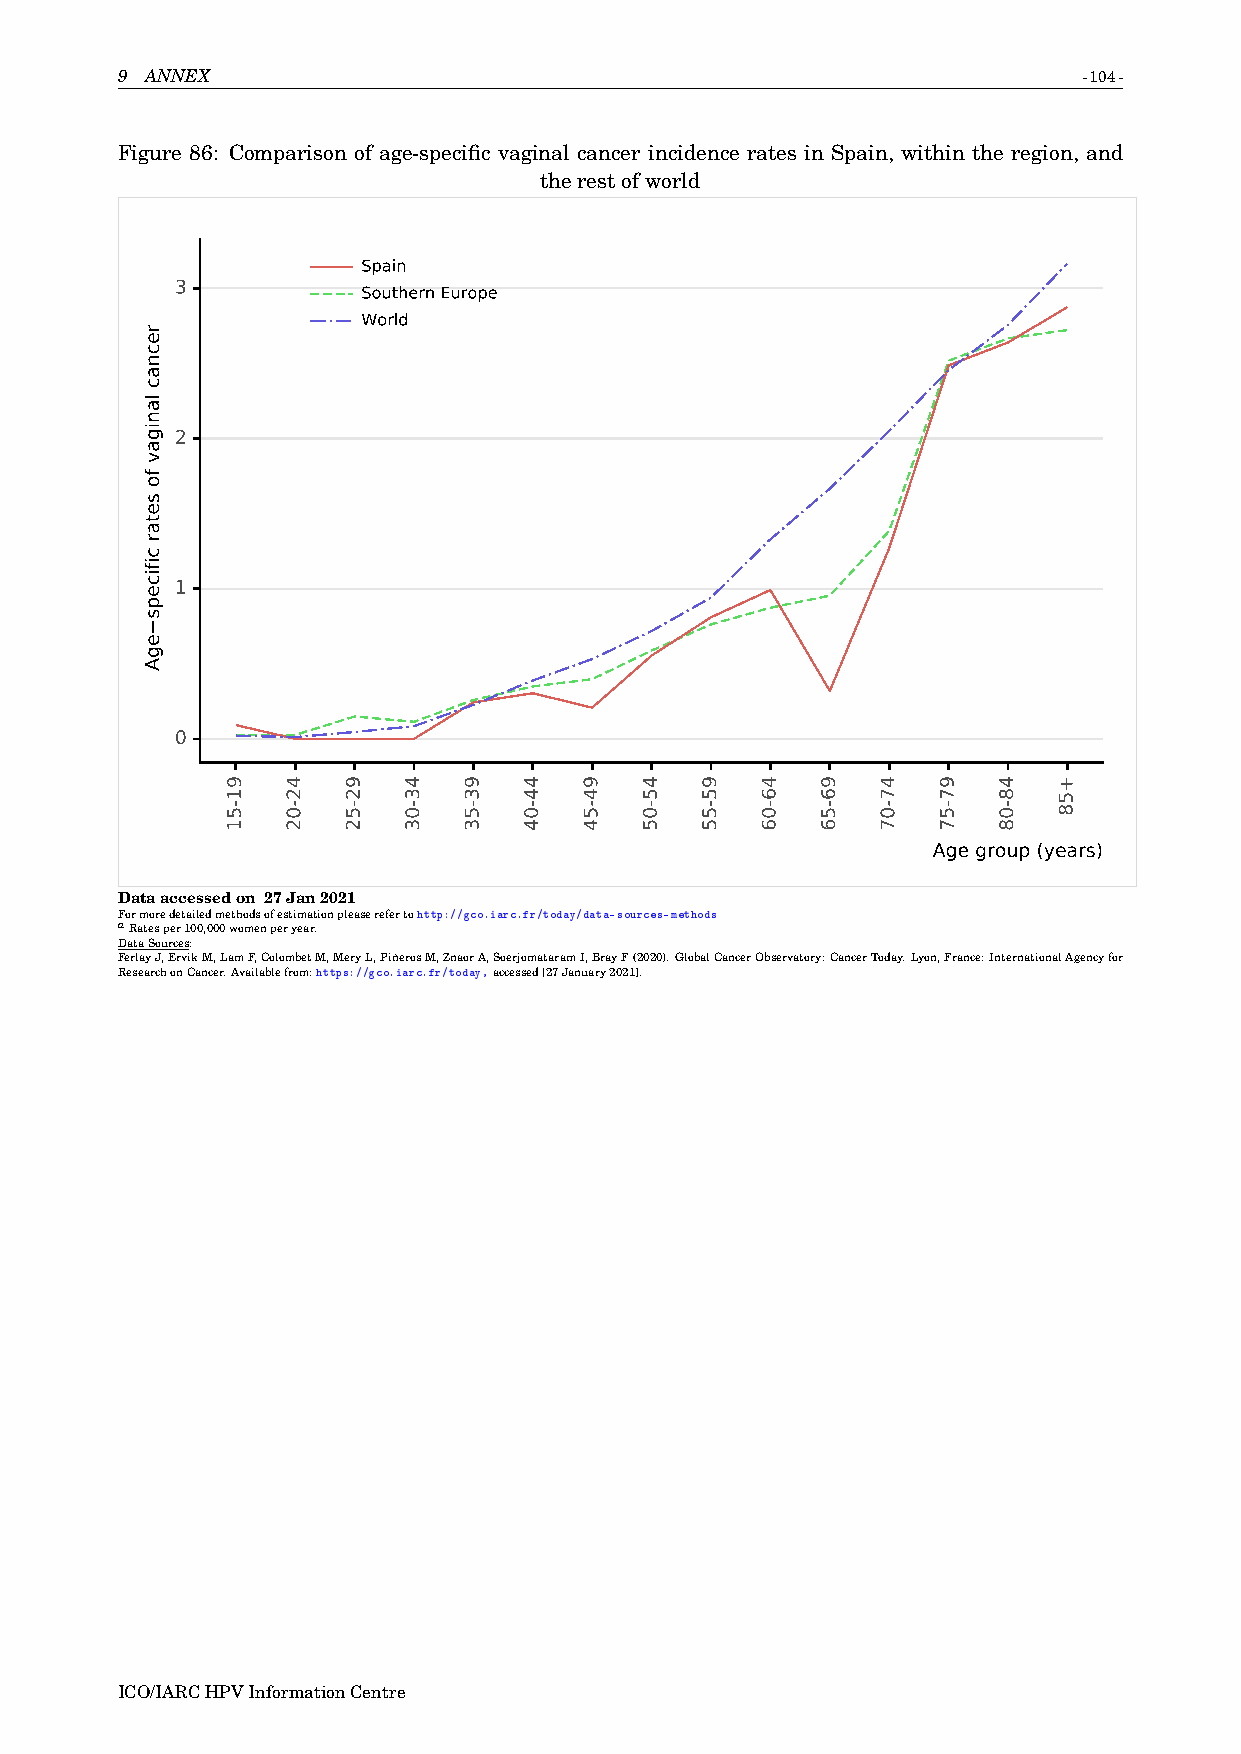
9 ANNEX                                                         -104-
 Figure 86: Comparison of age-specific vaginal cancer incidence rates in Spain, within the region, and
 therestofworld
 Spain
 3
 Southern Europe
 World
 2
 1
 0
 Age group (years)
 Dataaccessedon 27Jan2021
 Formoredetailedmethodsofestimationpleaserefertohttp://gco.iarc.fr/today/data-sources-methods
 aRatesper100,000womenperyear.
 DataSources:
 FerlayJ,ErvikM,LamF,ColombetM,MeryL,PiñerosM,ZnaorA,SoerjomataramI,BrayF(2020).GlobalCancerObservatory:CancerToday.Lyon,France:InternationalAgencyfor
 ResearchonCancer.Availablefrom:https://gco.iarc.fr/today,accessed[27January2021].
 ICO/IARCHPVInformationCentre
 recnac
 lanigav
 fo
 setar
 cificeps
 egA
 91-51 42-02 92-52 43-03 93-53 44-04 94-54 45-05 95-55 46-06 96-56 47-07 97-57 48-08 +58